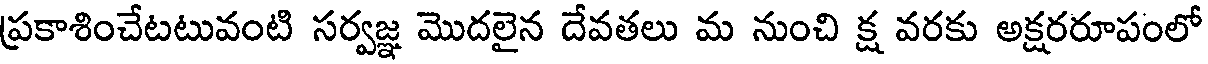
ప్రకాశించేటటువంటి సర్వజ్ఞ మొదలైన దేవతలు మ నుంచి క్ష వరకు అక్షరరూపంలో